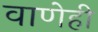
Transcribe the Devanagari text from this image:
वाणेही